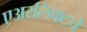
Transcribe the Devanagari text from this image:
एअरलिफ्टचे